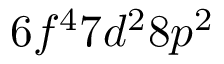
6 f ^ { 4 } 7 d ^ { 2 } 8 p ^ { 2 }